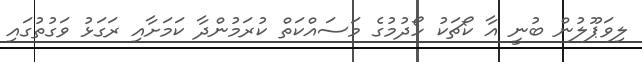
ލިވަޕޫލުން ބުނީ އާ ކޯޗަކު ހޯދުމުގެ މަސައްކަތް ކުރަމުންދާ ކަމަށާއި ރަގަޅު ވަގުތުގައި